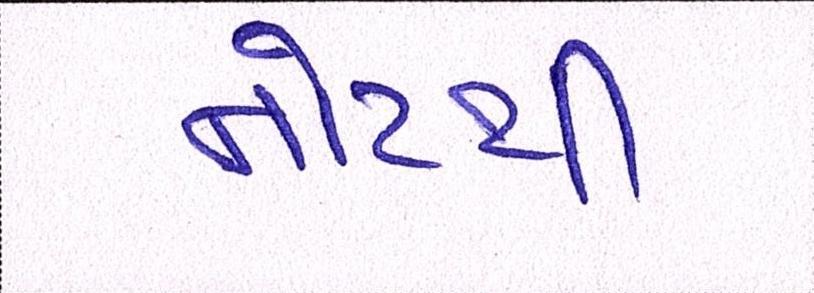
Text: નોટથી